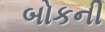
બોકની